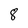
Character: 8